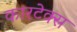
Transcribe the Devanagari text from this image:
कारटेक्स